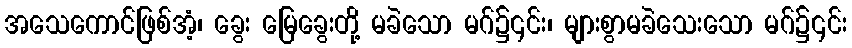
အသေကောင်ဖြစ်အံ့၊ ခွေး မြေခွေးတို့ မခဲသော မဂ်၌၎င်း၊ များစွာမခဲသေးသော မဂ်၌၎င်း